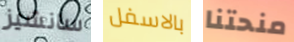
سانشيز بالاسفل منحتنا